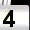
Digit: 4